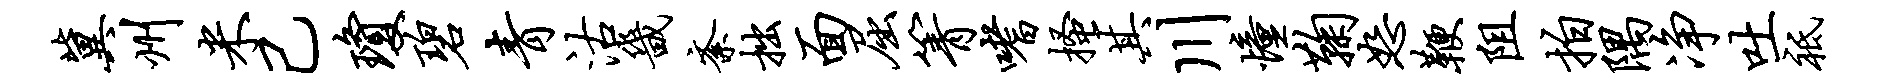
冀州米己琼碧青沽畿紊拙面屈箐嗜搔其川憧鞠恕鞭阻拍隅净吐祗